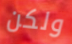
ولكن